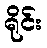
ရိုင်း